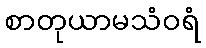
စာတုယာမသံဝရံ